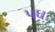
પઘ